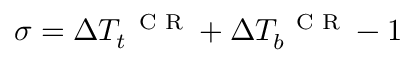
\sigma = \Delta T _ { t } ^ { \mathrm { ~ \scriptsize ~ C ~ R ~ } } + \Delta T _ { b } ^ { \mathrm { ~ \scriptsize ~ C ~ R ~ } } - 1